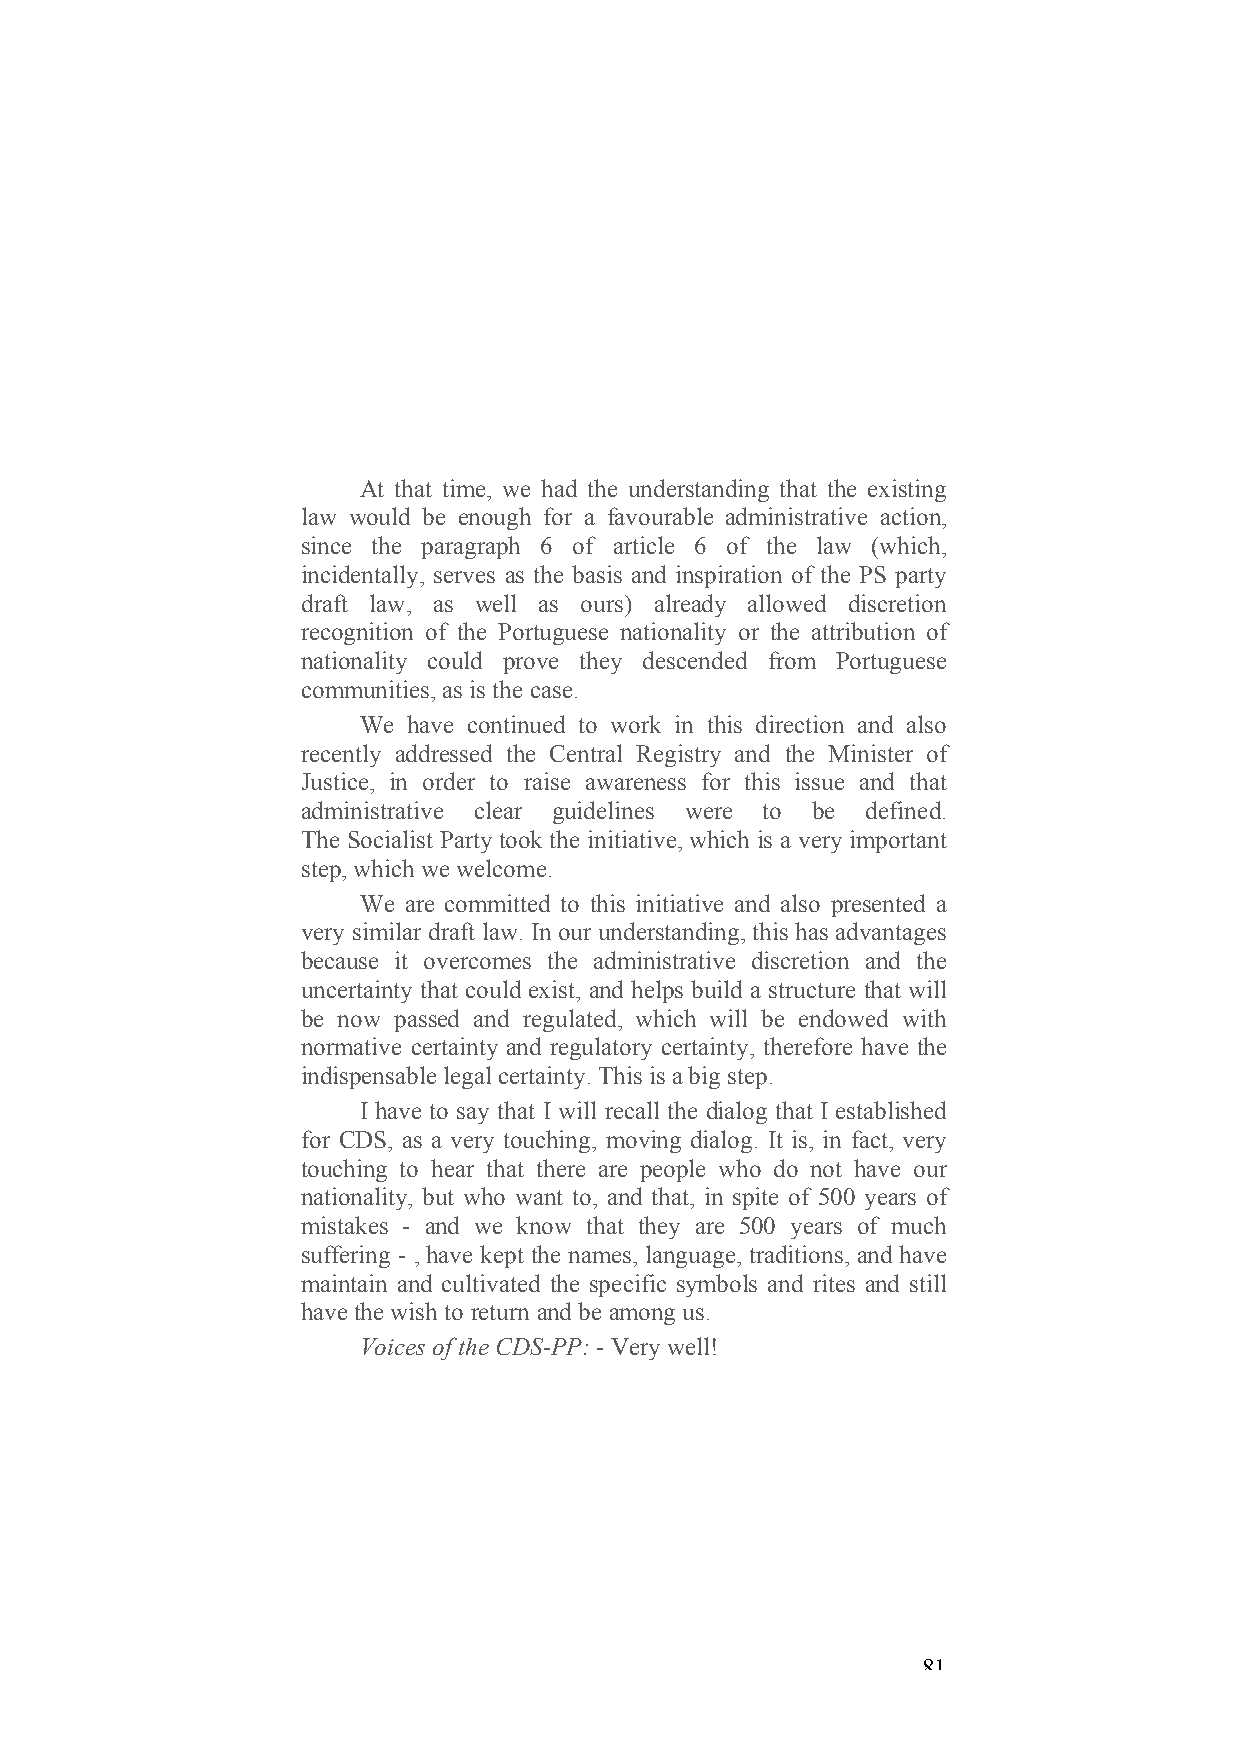
At that time, we had the understanding that the existing
 law would be enough for a favourable administrative action,
 since the paragraph 6 of article 6 of the law (which,
 incidentally, serves as the basis and inspiration of the PS party
 draft law, as well as ours) already allowed discretion
 recognition of the Portuguese nationality or the attribution of
 nationality could prove they descended from Portuguese
 communities, as is the case.
 We have continued to work in this direction and also
 recently addressed the Central Registry and the Minister of
 Justice, in order to raise awareness for this issue and that
 administrative clear guidelines were to be defined.
 The Socialist Party took the initiative, which is a very important
 step, which we welcome.
 We are committed to this initiative and also presented a
 very similar draft law. In our understanding, this has advantages
 because it overcomes the administrative discretion and the
 uncertainty that could exist, and helps build a structure that will
 be now passed and regulated, which will be endowed with
 normative certainty and regulatory certainty, therefore have the
 indispensable legal certainty. This is a big step.
 I have to say that I will recall the dialog that I established
 for CDS, as a very touching, moving dialog. It is, in fact, very
 touching to hear that there are people who do not have our
 nationality, but who want to, and that, in spite of 500 years of
 mistakes - and we know that they are 500 years of much
 suffering - , have kept the names, language, traditions, and have
 maintain and cultivated the specific symbols and rites and still
 have the wish to return and be among us.
 Voices of the CDS-PP: - Very well!
 81